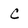
Character: c